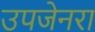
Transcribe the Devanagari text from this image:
उपजेनरा